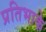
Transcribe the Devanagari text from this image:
प्रतिभाके